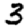
Digit: 3